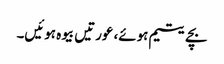
بچے یتیم ہوئے، عورتیں بیوہ ہوئیں۔